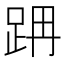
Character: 𨀔